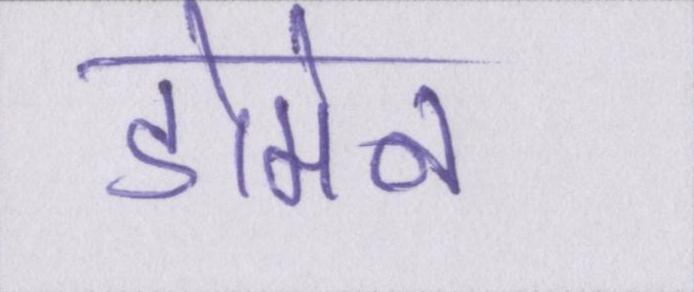
डोमेन